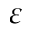
\varepsilon